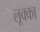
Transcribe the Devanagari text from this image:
लूक्का